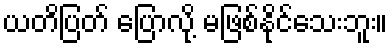
ယတိပြတ် ပြောလို့ မဖြစ်နိုင်သေးဘူး။